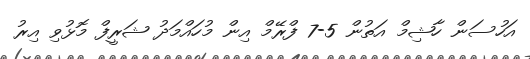
އަހުސަން ހާޝިމް އަތުން 5-7 ފްރޭމް އިން މުހައްމަދު ޝަރީފް މޮޅުވި އިރު